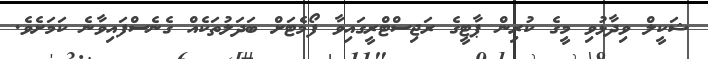
ޝަކީލް ވިދާޅުވި މީގެ ކުރިން ޕާޓީގެ ރަޖިސްޓްރީގައިވާ ފޯމެޓަށް ބަދަލުތަކެއް ގެނެސްފައިވާނެ ކަމަށެވެ.